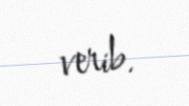
verib.